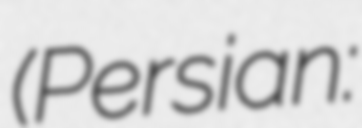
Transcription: (Persian: